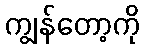
ကျွန်တော့ကို